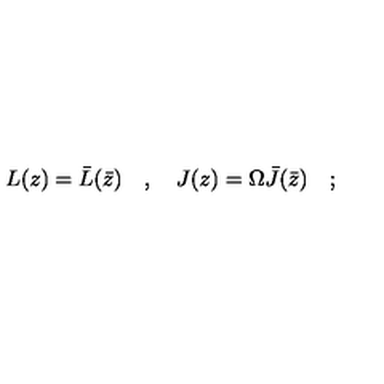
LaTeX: L ( z ) = \bar { L } ( \bar { z } ) \quad , \quad J ( z ) = \Omega \bar { J } ( \bar { z } ) \quad ;